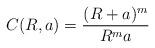
LaTeX: \begin{align*} C(R,a) = \frac{(R+a)^{m}}{R^{m}a}\end{align*}